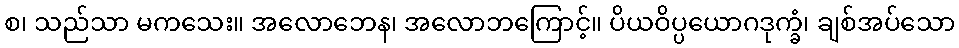
စ၊ သည်သာ မကသေး။ အလောဘေန၊ အလောဘကြောင့်။ ပိယဝိပ္ပယောဂဒုက္ခံ၊ ချစ်အပ်သော